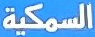
السمكية